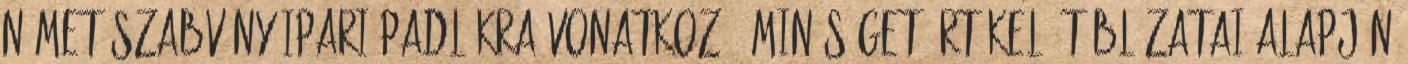
német szabvány ipari padlókra vonatkozó, minőséget értékelő táblázatai alapján